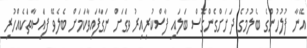
އޭނާ ފުލުހުންގެ ބެލުމުގެ ދަށަށްގެންގޮސް ބަލައި ފާސްކުރިއިރު ވަގަށް ނަގާފައިވާކަމަށް ބެލެވޭ ފައިސާތަކެއްހުރި